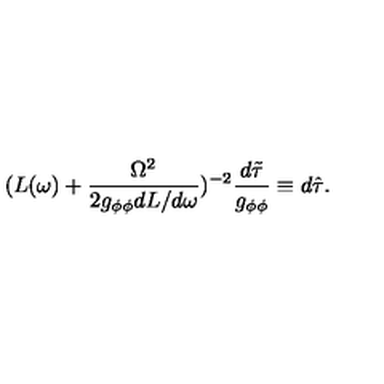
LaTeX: ( L ( \omega ) + \frac { \Omega ^ { 2 } } { 2 g _ { \phi \phi } d L / d \omega } ) ^ { - 2 } \frac { d \tilde { \tau } } { g _ { \phi \phi } } \equiv d \hat { \tau } .